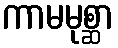
ကာမမုစ္ဆာ